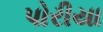
પોરીયા